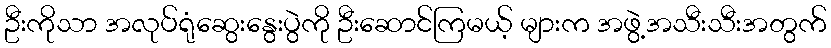
ဦးကိုသာ အလုပ်ရုံဆွေးနွေးပွဲကို ဦးဆောင်ကြမယ့် များက အဖွဲ့အသီးသီးအတွက်